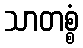
သာတစ္စံ